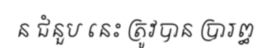
ន ជំនួប នេះ ត្រូវបាន ប្រារព្ធ